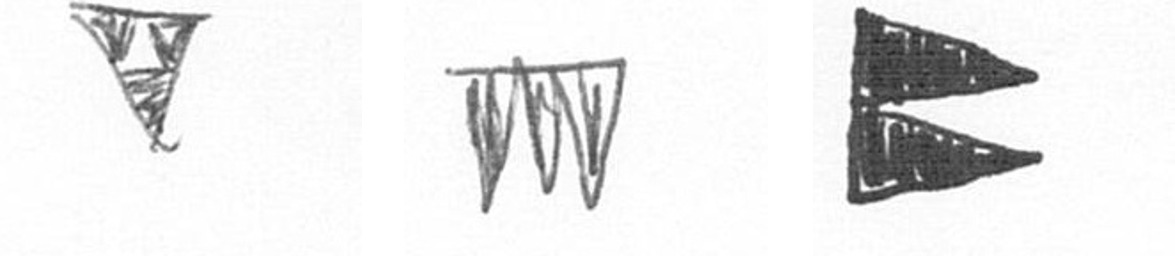
S L P